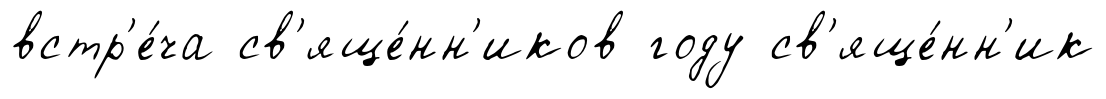
встр'е́ча св'яще́нн'иков году св'яще́нн'ик